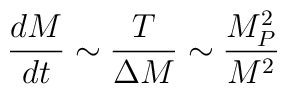
\frac{d M}{d t} \sim \frac{T}{\Delta M} \sim \frac{M^{2}_{P}}{M^{2}}